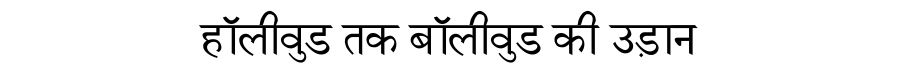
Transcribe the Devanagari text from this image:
हॉलीवुड तक बॉलीवुड की उड़ान